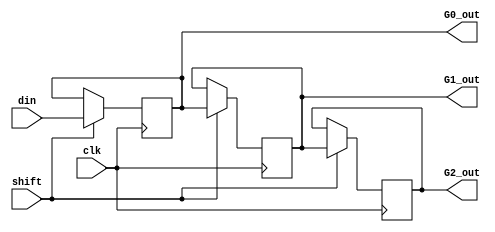
module reg_G (din, G0_out, G1_out,
              G2_out, clk, shift);

input clk, shift;
input[7:0] din;
output reg [7:0] G0_out = 8'd0, G1_out = 8'd0, G2_out = 8'd0;


always @(posedge clk)
	begin
	  if (shift == 1'b1)
		 begin
			G2_out <= G1_out;
			G1_out <= G0_out;
			G0_out <= din;
		 end
	end

endmodule